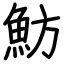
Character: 魴